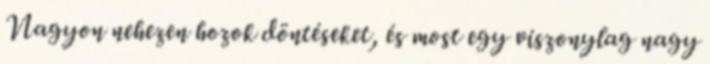
Nagyon nehezen hozok döntéseket, és most egy viszonylag nagy